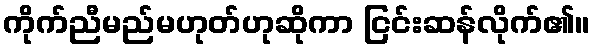
ကိုက်ညီမည်မဟုတ်ဟုဆိုကာ ငြင်းဆန်လိုက်၏။